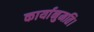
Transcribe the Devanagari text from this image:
कार्यानुमति।